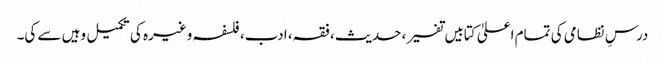
درسِ نظامی کی تمام اعلیٰ کتابیں تفسیر، حدیث، فقہ، ادب، فلسفہ وغیرہ کی تکمیل وہیں سے کی۔